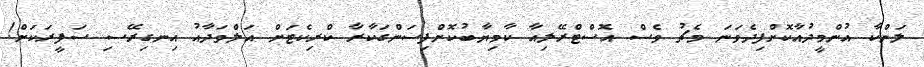
ލަންކާ އުންމީދުއާކޮށްފިދެވަނަ މެޗު ވެސް އޮސްޓްރޭލިއާ ކާމިޔާބުކޮށްފިސަންގަކާރާ ކްރިކެޓަށް އަލްވަދާއު އިނގިރޭސި ސަފީރަކަށް!